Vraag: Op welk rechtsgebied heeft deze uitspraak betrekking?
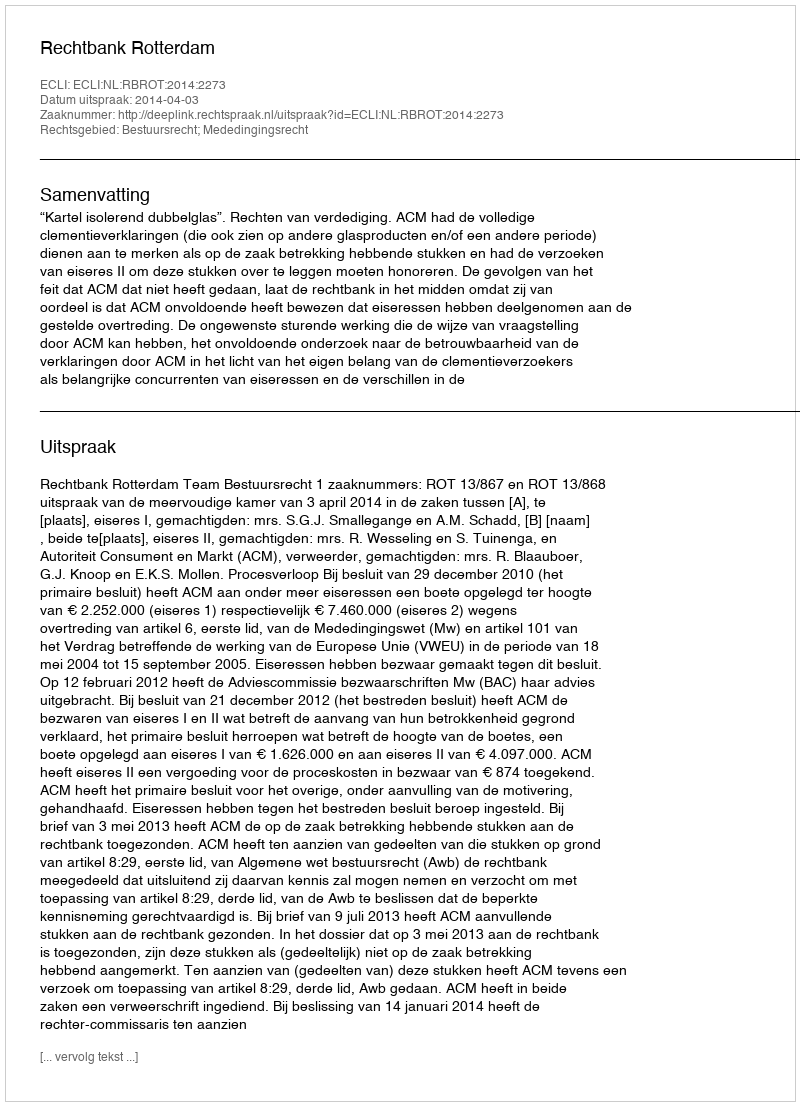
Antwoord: Bestuursrecht; Mededingingsrecht